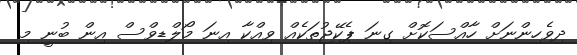
ދިވެހިންނަށް ހާއްސަކޮށް ގިނަ ޕެކޭޖުތަކެއް ވިއްކާ އިނަ މޯލްޑިވްސް އިން ބުނީ މި